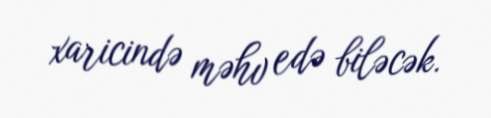
xaricində məhv edə biləcək.